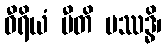
ဝီရိယံ ပီတိ ပဿဒ္ဓိ၊